Punjab Mental Hospital Lahore 1922-31 - 1922-1931
Year: 1922
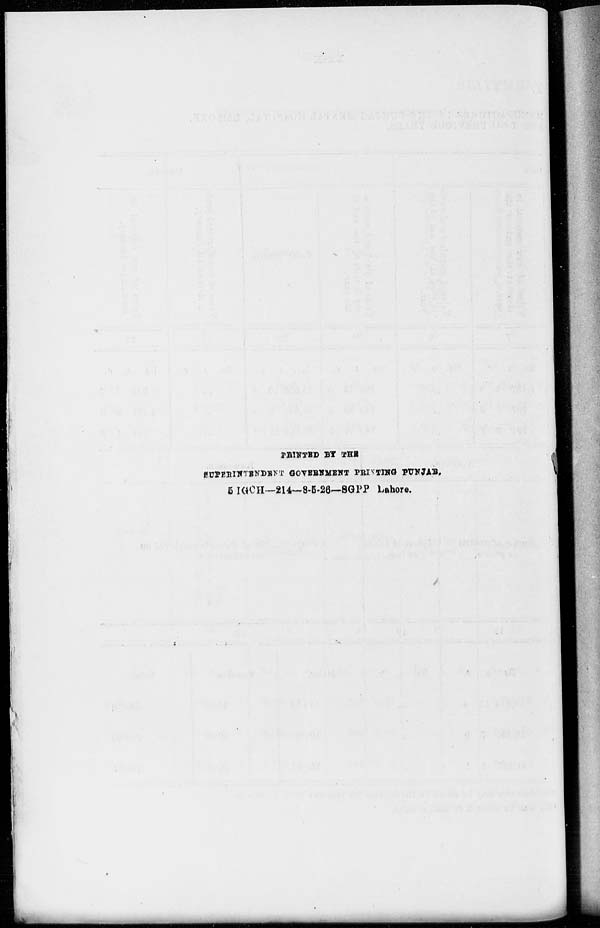
PRINTED BY THE
SUPERINTENDENT GOVERNMENT PRINTING PUNJAB.
5 IGCH—214—8-5-26—SGPP Lahore.